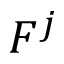
F ^ { j }